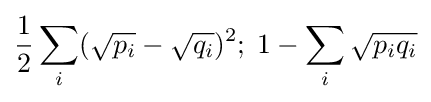
{\frac {1}{2}}\sum _{i}({\sqrt {p_{i}}}-{\sqrt {q_{i}}})^{2};\;1-\sum _{i}{\sqrt {p_{i}q_{i}}}